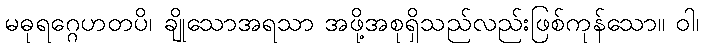
မဓုရဂ္ဂေဟတပိ၊ ချိုသောအရသာ အဖို့အစုရှိသည်လည်းဖြစ်ကုန်သော။ ဝါ၊